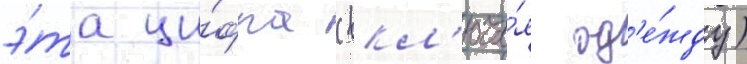
э́та ци́фра (вкл'юча́я од'е́жду)